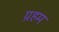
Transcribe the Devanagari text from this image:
ग्रहम